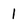
Character: l